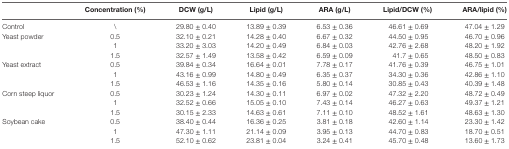
<table><thead><tr><td></td><td><b>Concentration (%)</b></td><td><b>DCW (g/L)</b></td><td><b>Lipid (g/L)</b></td><td><b>ARA (g/L)</b></td><td><b>Lipid/DCW (%)</b></td><td><b>ARA/lipid (%)</b></td></tr></thead><tbody><tr><td>Control</td><td>\</td><td>29.80 ± 0.40</td><td>13.89 ± 0.39</td><td>6.53 ± 0.36</td><td>46.61 ± 0.69</td><td>47.04 ± 1.29</td></tr><tr><td rowspan="3">Yeast powder</td><td>0.5</td><td>32.10 ± 0.21</td><td>14.28 ± 0.40</td><td>6.67 ± 0.32</td><td>44.50 ± 0.95</td><td>46.70 ± 0.96</td></tr><tr><td>1</td><td>33.20 ± 3.03</td><td>14.20 ± 0.49</td><td>6.84 ± 0.03</td><td>42.76 ± 2.68</td><td>48.20 ± 1.92</td></tr><tr><td>1.5</td><td>32.57 ± 1.49</td><td>13.58 ± 0.42</td><td>6.59 ± 0.09</td><td>41.7 ± 0.65</td><td>48.50 ± 0.83</td></tr><tr><td rowspan="3">Yeast extract</td><td>0.5</td><td>39.84 ± 0.34</td><td>16.64 ± 0.01</td><td>7.78 ± 0.17</td><td>41.76 ± 0.39</td><td>46.75 ± 1.01</td></tr><tr><td>1</td><td>43.16 ± 0.99</td><td>14.80 ± 0.49</td><td>6.35 ± 0.37</td><td>34.30 ± 0.36</td><td>42.86 ± 1.10</td></tr><tr><td>1.5</td><td>46.53 ± 1.16</td><td>14.35 ± 0.16</td><td>5.80 ± 0.14</td><td>30.85 ± 0.43</td><td>40.39 ± 1.48</td></tr><tr><td rowspan="3">Corn steep liquor</td><td>0.5</td><td>30.23 ± 1.24</td><td>14.30 ± 0.11</td><td>6.97 ± 0.02</td><td>47.32 ± 2.20</td><td>48.72 ± 0.49</td></tr><tr><td>1</td><td>32.52 ± 0.66</td><td>15.05 ± 0.10</td><td>7.43 ± 0.14</td><td>46.27 ± 0.63</td><td>49.37 ± 1.21</td></tr><tr><td>1.5</td><td>30.15 ± 2.33</td><td>14.63 ± 0.61</td><td>7.11 ± 0.10</td><td>48.52 ± 1.61</td><td>48.63 ± 1.30</td></tr><tr><td rowspan="3">Soybean cake</td><td>0.5</td><td>38.40 ± 0.44</td><td>16.36 ± 0.25</td><td>3.81 ± 0.18</td><td>42.60 ± 1.14</td><td>23.30 ± 1.42</td></tr><tr><td>1</td><td>47.30 ± 1.11</td><td>21.14 ± 0.09</td><td>3.95 ± 0.13</td><td>44.70 ± 0.83</td><td>18.70 ± 0.51</td></tr><tr><td>1.5</td><td>52.10 ± 0.62</td><td>23.81 ± 0.04</td><td>3.24 ± 0.41</td><td>45.70 ± 0.48</td><td>13.60 ± 1.73</td></tr></tbody></table>